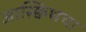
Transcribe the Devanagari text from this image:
आस्क्विथचा